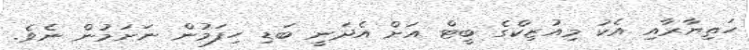
ހަތިޔާރާއި އެކު މިއުޒިކްގެ ބީޓް އަށް އެދަނީ ބަޑި ހިފަމުން ނަށަމުން ނެވެ.